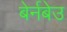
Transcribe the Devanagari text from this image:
बेर्नबेउ